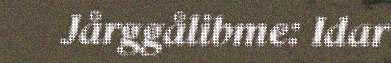
Jårggålibme: Idar